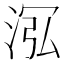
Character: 𣴦